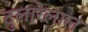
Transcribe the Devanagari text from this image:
दुलारेलाल